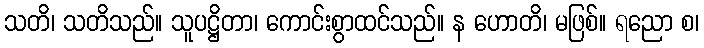
သတိ၊ သတိသည်။ သူပဋ္ဌိတာ၊ ကောင်းစွာထင်သည်။ န ဟောတိ၊ မဖြစ်။ ရညော စ၊